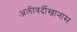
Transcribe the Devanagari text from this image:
अलीवर्दीखानास